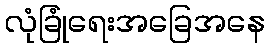
လုံခြုံရေးအခြေအနေ